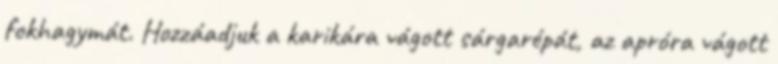
fokhagymát. Hozzáadjuk a karikára vágott sárgarépát, az apróra vágott